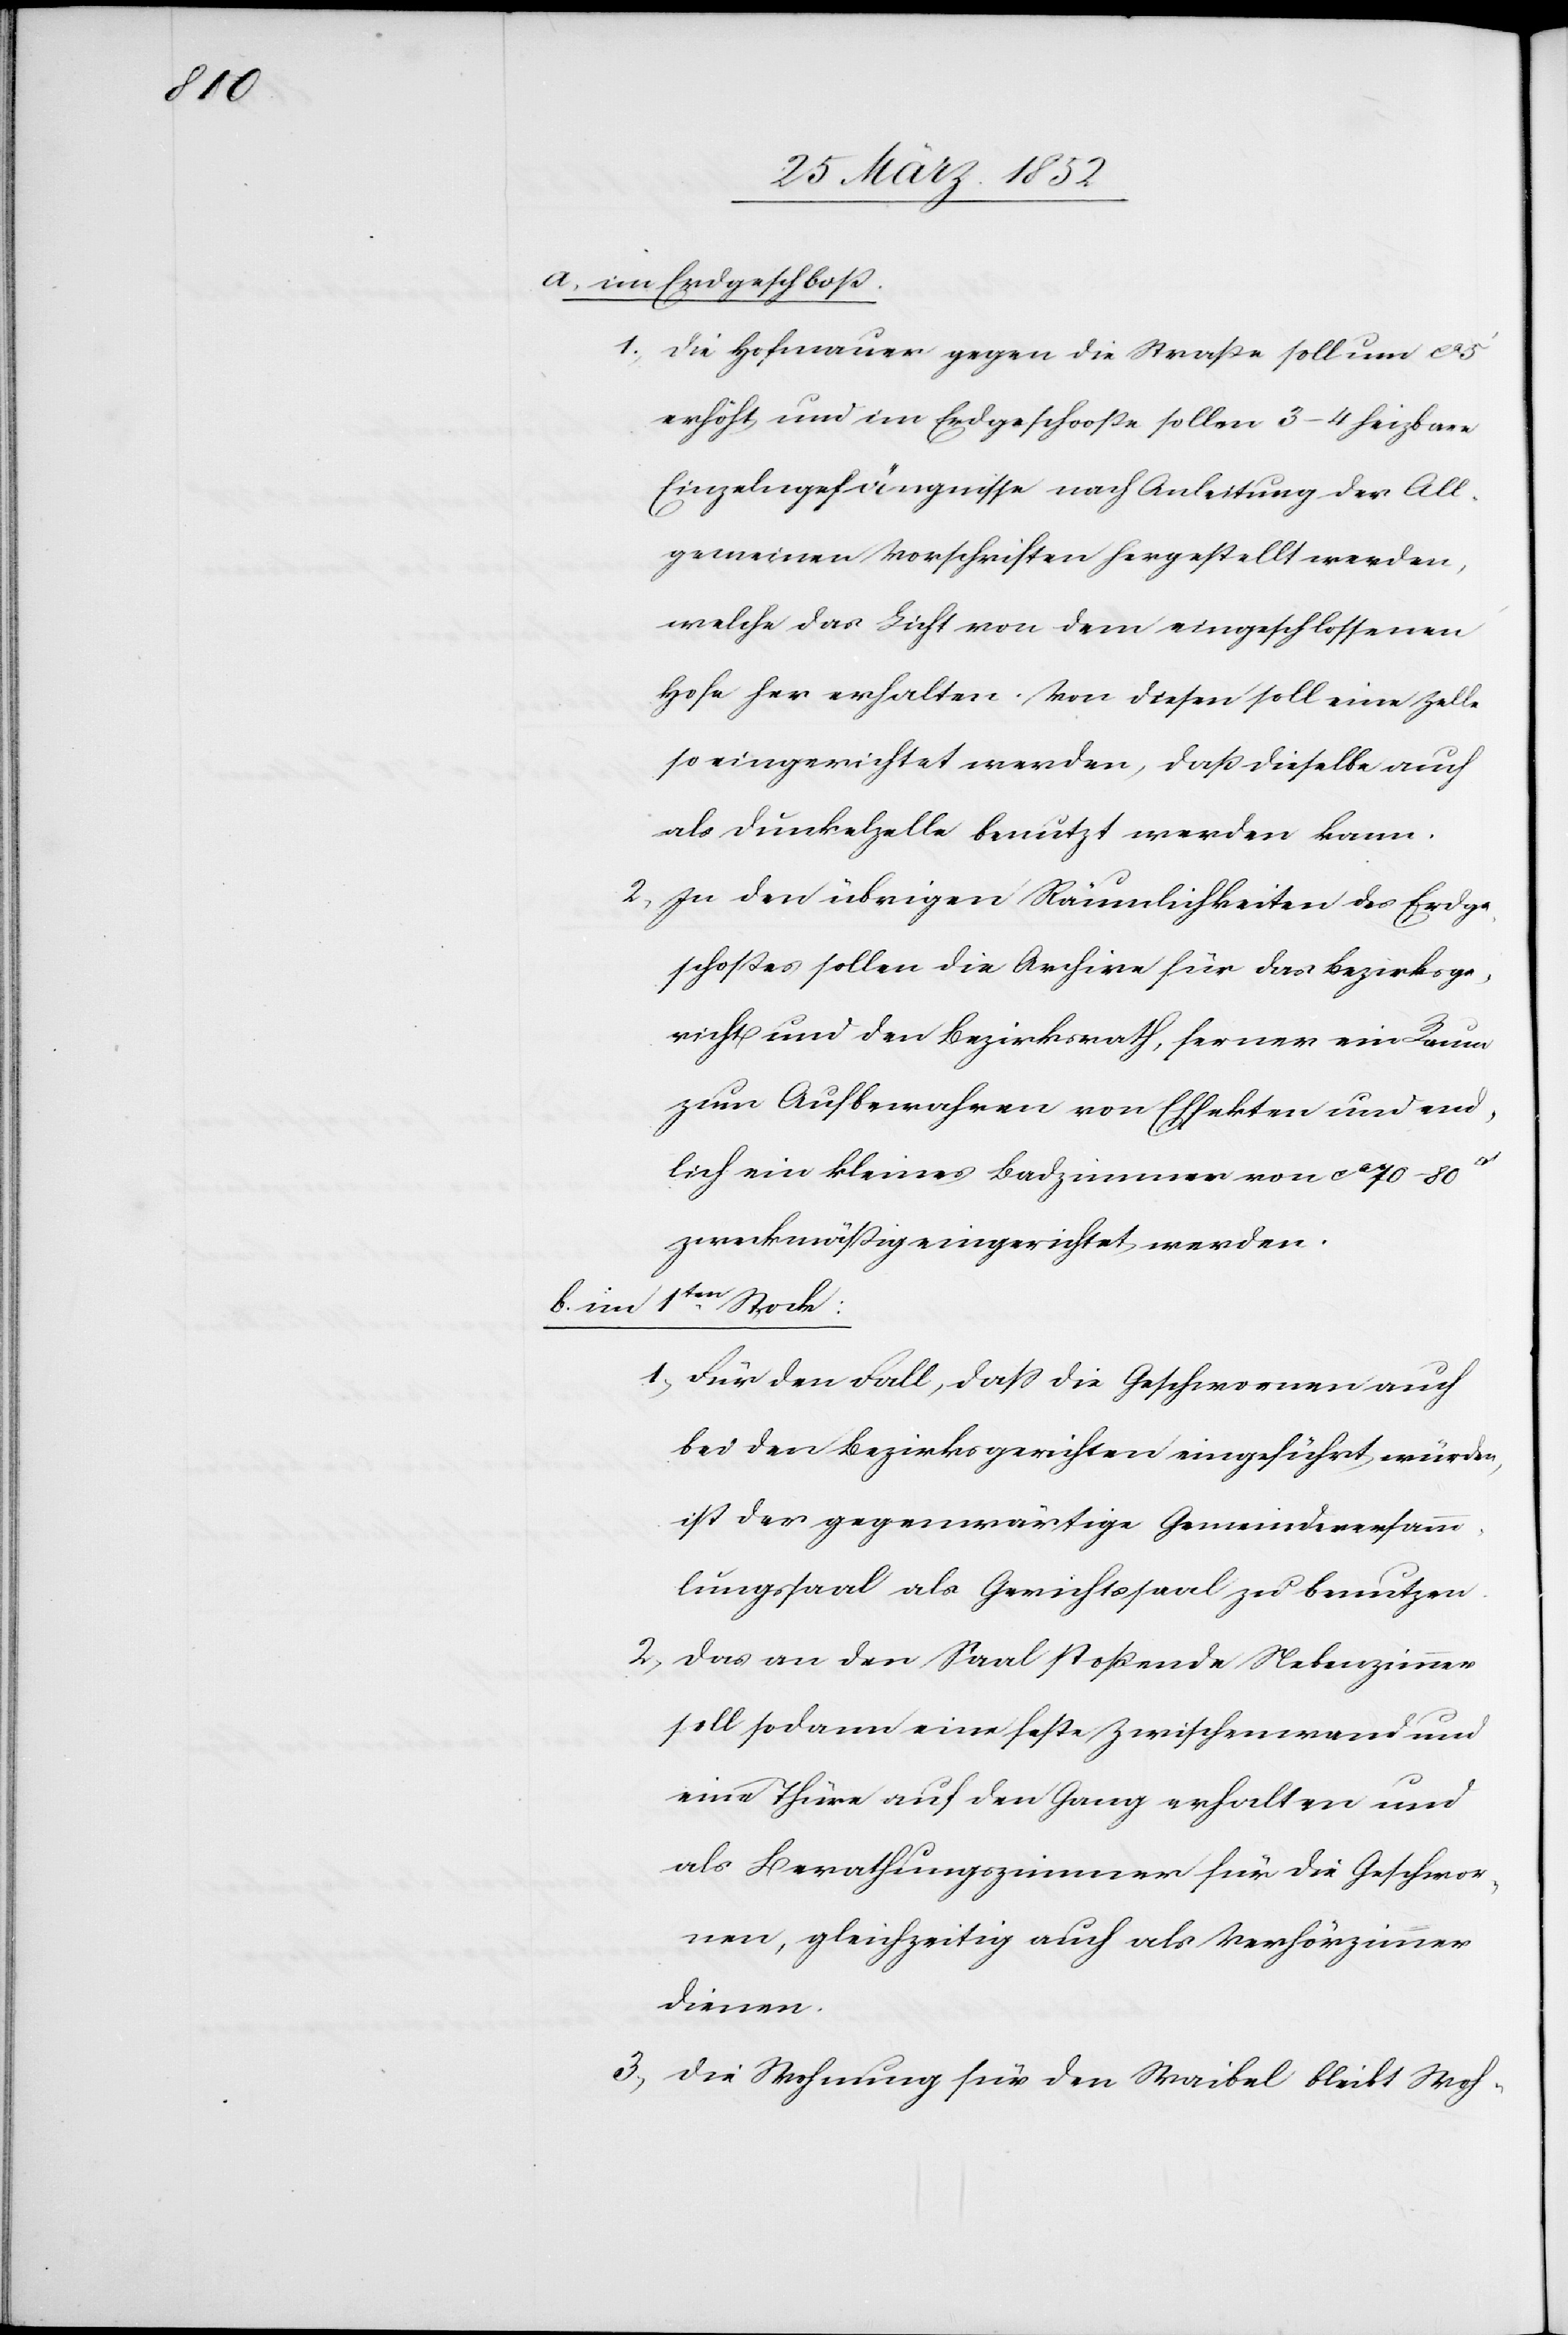
b) im

a) im Erdgeschoß.
1) Die Hofmauer gegen die Straße soll um ca
erhöht und im Erdgeschooße sollen 3–4 heizbare
Einzelgefängnisse nach Anleitung der All¬
gemeinen Vorschriften hergestellt werden,
welche das Licht von dem eingeschlossenen
Hofe her erhalten. Von diesen soll eine Zelle
so eingerichtet werden, daß dieselbe auch
als Dunkelzelle benutzt werden kann.
2) In den übrigen Räumlichkeiten des Erdge¬
schoßes sollen die Archive für das Bezirksge¬
richt und den Bezirksrath, ferner ein Raum
zum Aufbewahren von Effekten und end¬
lich ein kleines Badzimmer von ca 70–80
zweckmäßig eingerichtet werden.
1ten Stock:
1) Für den Fall, daß die Geschworenen auch
bei den Bezirksgerichten eingeführt würden,
ist der gegenwärtige Gemeindeversamm¬
lungssaal als Gerichtssaal zu benutzen.
2) Das an den Saal stoßende Nebenzimmer
soll sodann eine feste Zwischenmauer und
eine Thüre auf den Gang erhalten und
als Berathungszimmer für die Geschwor¬
nen, gleichzeitig auch als Verhörzimmer
dienen.
3) Die Wohnung für den Waibel bleibt Woh-